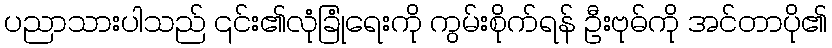
ပညာသားပါသည် ၎င်း၏လုံခြုံရေးကို ကွမ်းစိုက်ရန် ဦးဗုဓ်ကို အင်တာပို၏